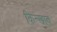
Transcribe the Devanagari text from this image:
किन्खाब